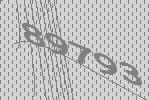
89793